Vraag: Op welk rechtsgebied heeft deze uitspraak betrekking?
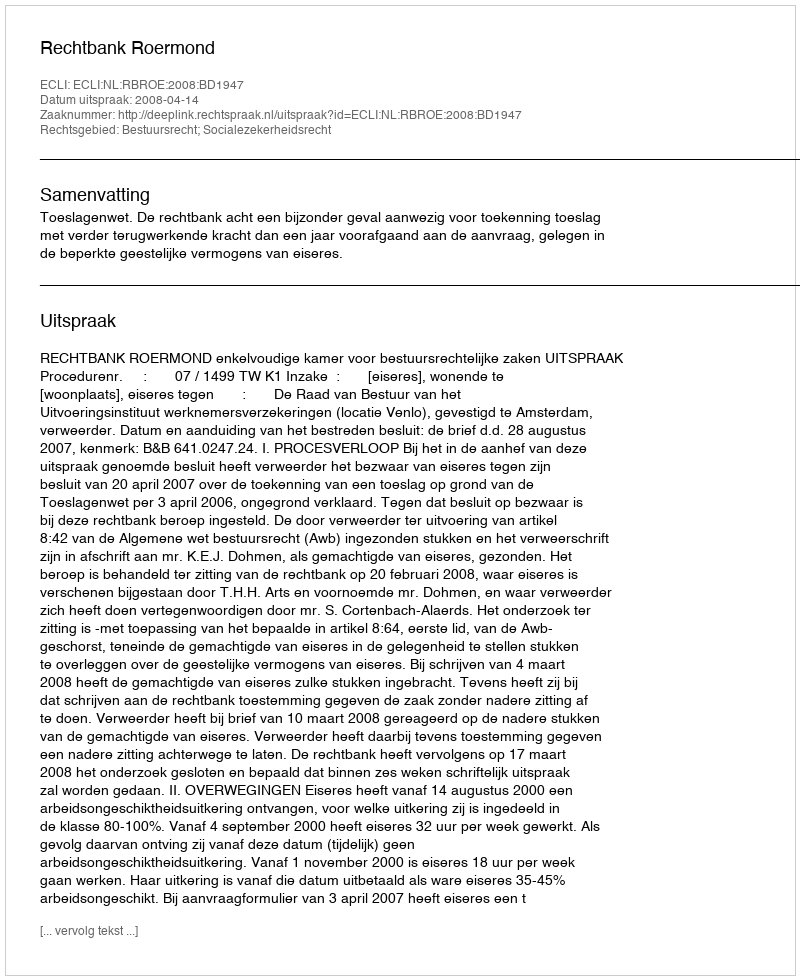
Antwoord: Bestuursrecht; Socialezekerheidsrecht